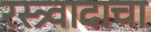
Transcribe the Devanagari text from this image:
रस्त्र्वादाचा